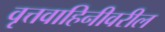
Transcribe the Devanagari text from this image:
वृत्तवाहिनीवरील